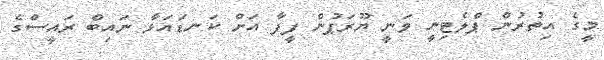
މީގެ އިތުރުން ޕްލެޓިނީ ވަނީ ޔޫރަޕުން ފީފާ އަށް ކަނޑައަޅާ ނައިބް ރައީސްގެ